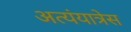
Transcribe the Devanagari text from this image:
अत्यंयात्रेस